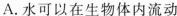
A.水可以在生物体内流动